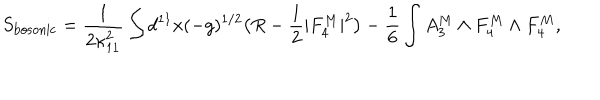
S _ { \mathrm { b o s o n i c } } = \frac { 1 } { 2 \kappa _ { 1 1 } ^ { 2 } } \int d ^ { 1 1 } x ( - g ) ^ { 1 / 2 } \bigl ( R - \frac { 1 } { 2 } | F _ { 4 } ^ { M } | ^ { 2 } \bigr ) - \frac { 1 } { 6 } \int A _ { 3 } ^ { M } \wedge F _ { 4 } ^ { M } \wedge F _ { 4 } ^ { M } ,